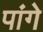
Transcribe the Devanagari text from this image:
पांगे